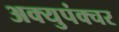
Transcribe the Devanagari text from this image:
अक्युपंक्चर